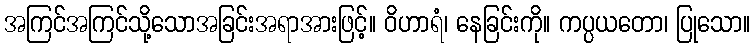
အကြင်အကြင်သို့သောအခြင်းအရာအားဖြင့်။ ဝိဟာရံ၊ နေခြင်းကို။ ကပ္ပယတော၊ ပြုသော။